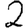
Digit: 2